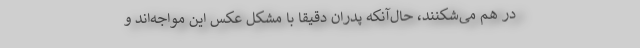
در هم می‌شکنند، حال‌آنکه پدران دقیقاً با مشکل عکس این مواجه‌اند و